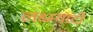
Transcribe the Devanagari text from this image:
लक्ष्म्यादी